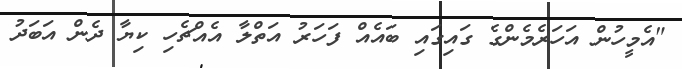
"އެމީހުން އަހަރެމެންގެ ގައިގައި ބައެއް ފަހަރު އަތްލާ އެއްޗެހި ކިޔާ ދެން އަބަދު